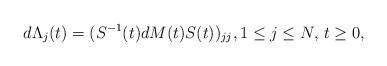
LaTeX: \begin{align*}d \Lambda_j(t)= (S^{-1}(t) dM(t) S(t))_{jj}, 1 \leq j \leq N, \, t \geq 0,\end{align*}